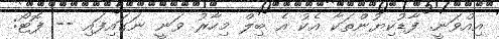
އިއްވަނީ. ފާޑުކިޔުންތަކާ އެކު އެ ބިލް މިހާރު ވަނީ ނަގައިފައި -- ފޮޓޯ: